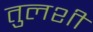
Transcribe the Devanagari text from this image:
तुलशी